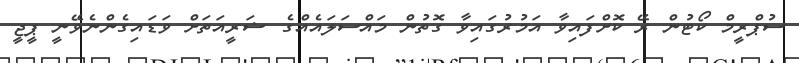
ސުޕްރީމް ކޯޓުން ރޭ ކޮށްފައިވާ އަމުރުގައިވާ ގޮތުން މައްސަލައެއްގެ ޝަރީއަތަށް ވަޑައިގެންނެވޭނީ ޕީޖީ